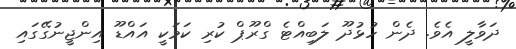
ދަވާލީ އެވެ. ދެން ހުޅުދޫ ލަބިއްޓެ ގްރޫޕް ކުރި ކަމަކީ އައްޑޫ އިންޖީނުގޭގައި